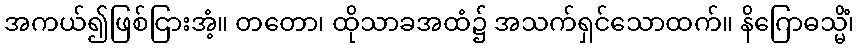
အကယ်၍ဖြစ်ငြားအံ့။ တတော၊ ထိုသာခအထံ၌ အသက်ရှင်သောထက်။ နိဂြောဓသ္မိံ၊